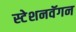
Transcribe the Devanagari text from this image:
स्टेशनवॅगन